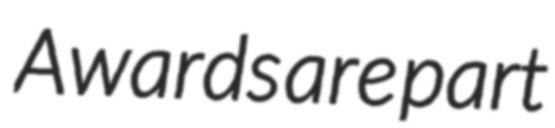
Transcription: Awards are part